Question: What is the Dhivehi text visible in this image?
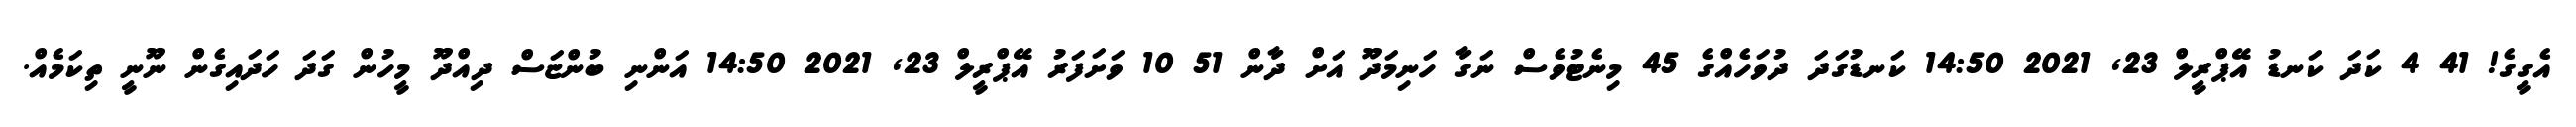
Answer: އެގީގެ! 41 4 ކަދަ ކަނޑު އޭޕްރީލް 23, 2021 14:50 ކަނޑުގަދަ ދުވަހެއްގެ 45 މިނެޓުވެސް ނަގާ ހަނިމަދޫ އަށް ދާން 51 10 ވަށަފަރު އޭޕްރީލް 23, 2021 14:50 އަންނި ބުންޏަސް ދިއްދޫ މީހުން ގަދަ ހަދައިގެން ނޫނީ ތިކަމެއް.